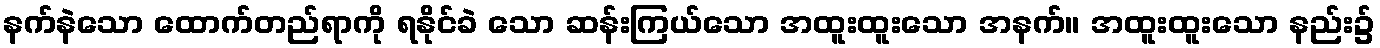
နက်နဲသော ထောက်တည်ရာကို ရနိုင်ခဲ သော ဆန်းကြယ်သော အထူးထူးသော အနက်။ အထူးထူးသော နည်း၌